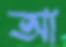
আ